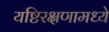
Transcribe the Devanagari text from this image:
यष्टिरक्षणामध्ये